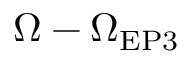
\Omega - \Omega _ { \mathrm { { E P 3 } } }